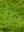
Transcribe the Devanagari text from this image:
नेहल